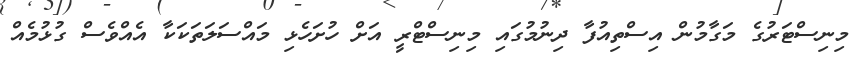
މިނިސްޓަރުގެ މަގާމުން އިސްތިއުފާ ދިނުމުގައި މިނިސްޓްރީ އަށް ހުށަހެޅި މައްސަލަތަކަކާ އެއްވެސް ގުޅުމެއް